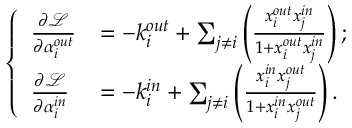
\left\{ \begin{array} { l l } { \frac { \partial \mathcal { L } } { \partial \alpha _ { i } ^ { o u t } } } & { = - k _ { i } ^ { o u t } + \sum _ { j \neq i } \left( \frac { x _ { i } ^ { o u t } x _ { j } ^ { i n } } { 1 + x _ { i } ^ { o u t } x _ { j } ^ { i n } } \right) ; } \\ { \frac { \partial \mathcal { L } } { \partial \alpha _ { i } ^ { i n } } } & { = - k _ { i } ^ { i n } + \sum _ { j \neq i } \left( \frac { x _ { i } ^ { i n } x _ { j } ^ { o u t } } { 1 + x _ { i } ^ { i n } x _ { j } ^ { o u t } } \right) . } \end{array} \right.